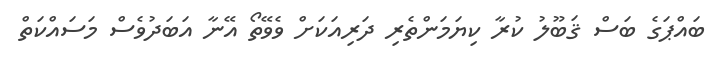
ބައްޕަގެ ބަސް ޤަބޫލު ކުރާ ކިޔަމަންތެރި ދަރިއަކަށް ވެވޭތޯ އޭނާ އަބަދުވެސް މަސައްކަތް